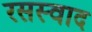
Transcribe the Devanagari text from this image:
रसस्वाद